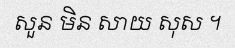
សួន មិន សាយ សុស ។